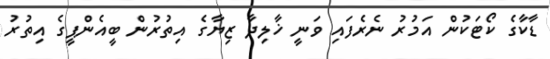
ޑާކާގެ ކޯޓަކުން އަމުރު ނެރެފައި ވަނީ ޚާލިދާ ޒިޔާގެ އިތުރުން ބީއެންޕީގެ އިތުރު